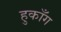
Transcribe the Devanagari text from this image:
हुकाँग